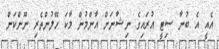
އެއީ އެ ބުނާ ސިޓީ އުރައިގެ ނިޝާނަށް އާންމުން މާކަ ހޭލުންތެރި ނޫންކަން